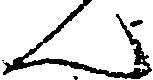
ん